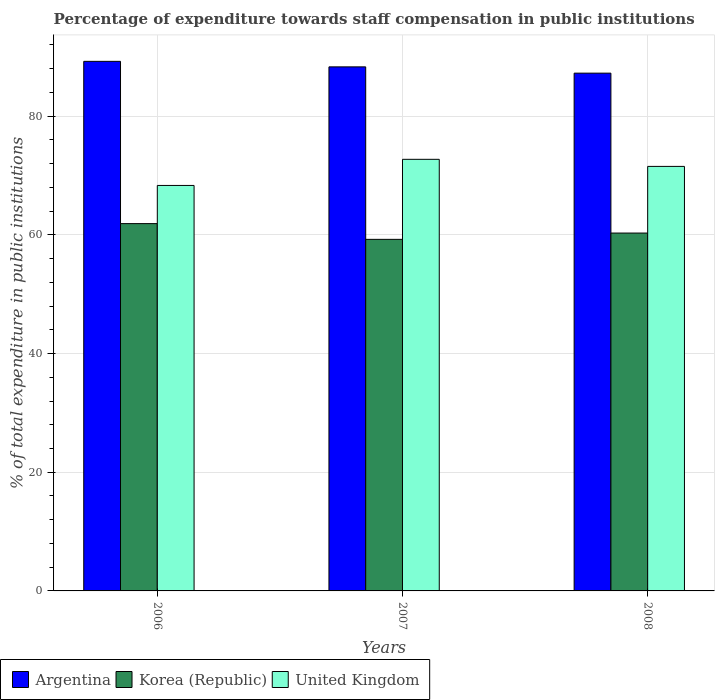
| Years | Argentina | Korea (Republic) | United Kingdom |
 | --- | --- | --- | --- |
 | 2006 | 89.2 | 61.9 | 68.3 |
 | 2007 | 88.3 | 59.2 | 72.7 |
 | 2008 | 87.3 | 60.3 | 71.5 |